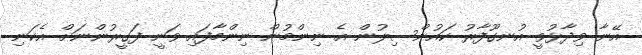
އޭނާ ވިދާޅުވީ އުނގޫފާރު ކައުންސިލުން އެ ނިންމުން ނިންމާފައި ވަނީ ފަގީރުންނަށް އެކަނި